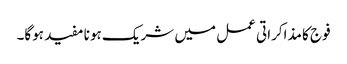
فوج کا مذاکراتی عمل میں شریک ہونا مفید ہوگا۔